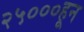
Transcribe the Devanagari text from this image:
२५०००हून